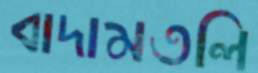
বাদামতলি